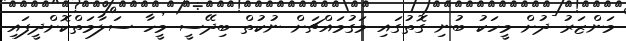
މަންޒަރު ދުށް މީހަކު ބުނި ގޮތުގައި މަގުމައްޗަށް ނުކުތް ބިދޭސީ މީހާ ސަލާމަތްކޮށްދީފައި